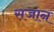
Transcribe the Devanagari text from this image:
सजान